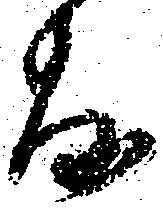
敷